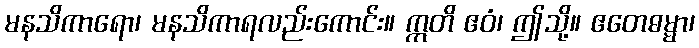
မနသိကာရော၊ မနသိကာရလည်းကောင်း။ ဣတိ ဧဝံ၊ ဤသို့။ ဧတေဓမ္မာ၊